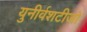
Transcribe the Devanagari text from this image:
युनीर्वशटीजो